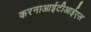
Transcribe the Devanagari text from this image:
करनाआईटीआईएल